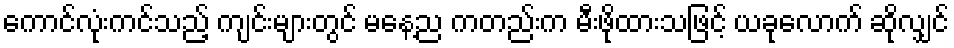
ကောင်လုံးကင်သည့် ကျင်းများတွင် မနေ့ည ကတည်းက မီးဖိုထားသဖြင့် ယခုလောက် ဆိုလျှင်